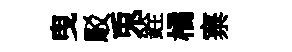
曳駁兎銓橘寨